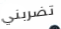
تضربني